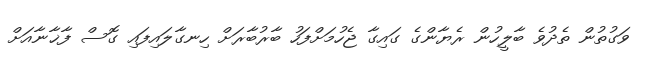
ވަގުތުން ތެދުވެ ބާލީހުން ރެޔާންގެ ގައިގާ ޖެހުމަށްފަހު ބާރުބާރަށް ހިނގާލައިފައި ގޮސް ފާޚާނާއަށް